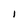
Character: I